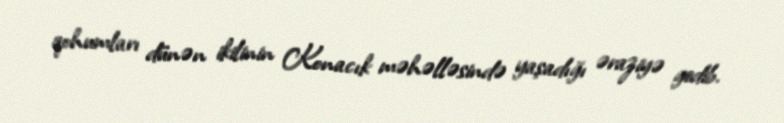
qohumları dünən ikilinin Konacık məhəlləsində yaşadığı əraziyə gedib.